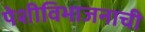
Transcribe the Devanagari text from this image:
पेशीविभाजनाची